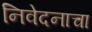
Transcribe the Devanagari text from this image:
निवेदनाचा